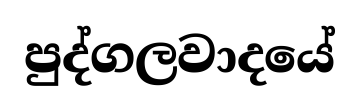
පුද්ගලවාදයේ